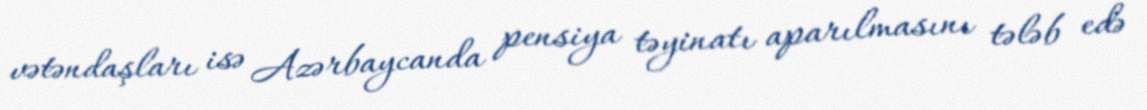
vətəndaşları isə Azərbaycanda pensiya təyinatı aparılmasını tələb edə